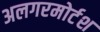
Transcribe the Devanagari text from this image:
अलगरमोर्टश